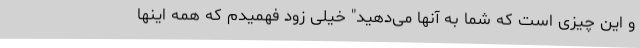
و این چیزی است که شما به آنها می‌دهید" خیلی زود فهمیدم که همه اینها